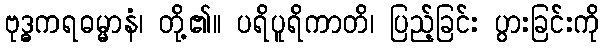
ဗုဒ္ဓကရဓမ္မာနံ၊ တို့၏။ ပရိပူရိကာတိ၊ ပြည့်ခြင်း ပွားခြင်းကို